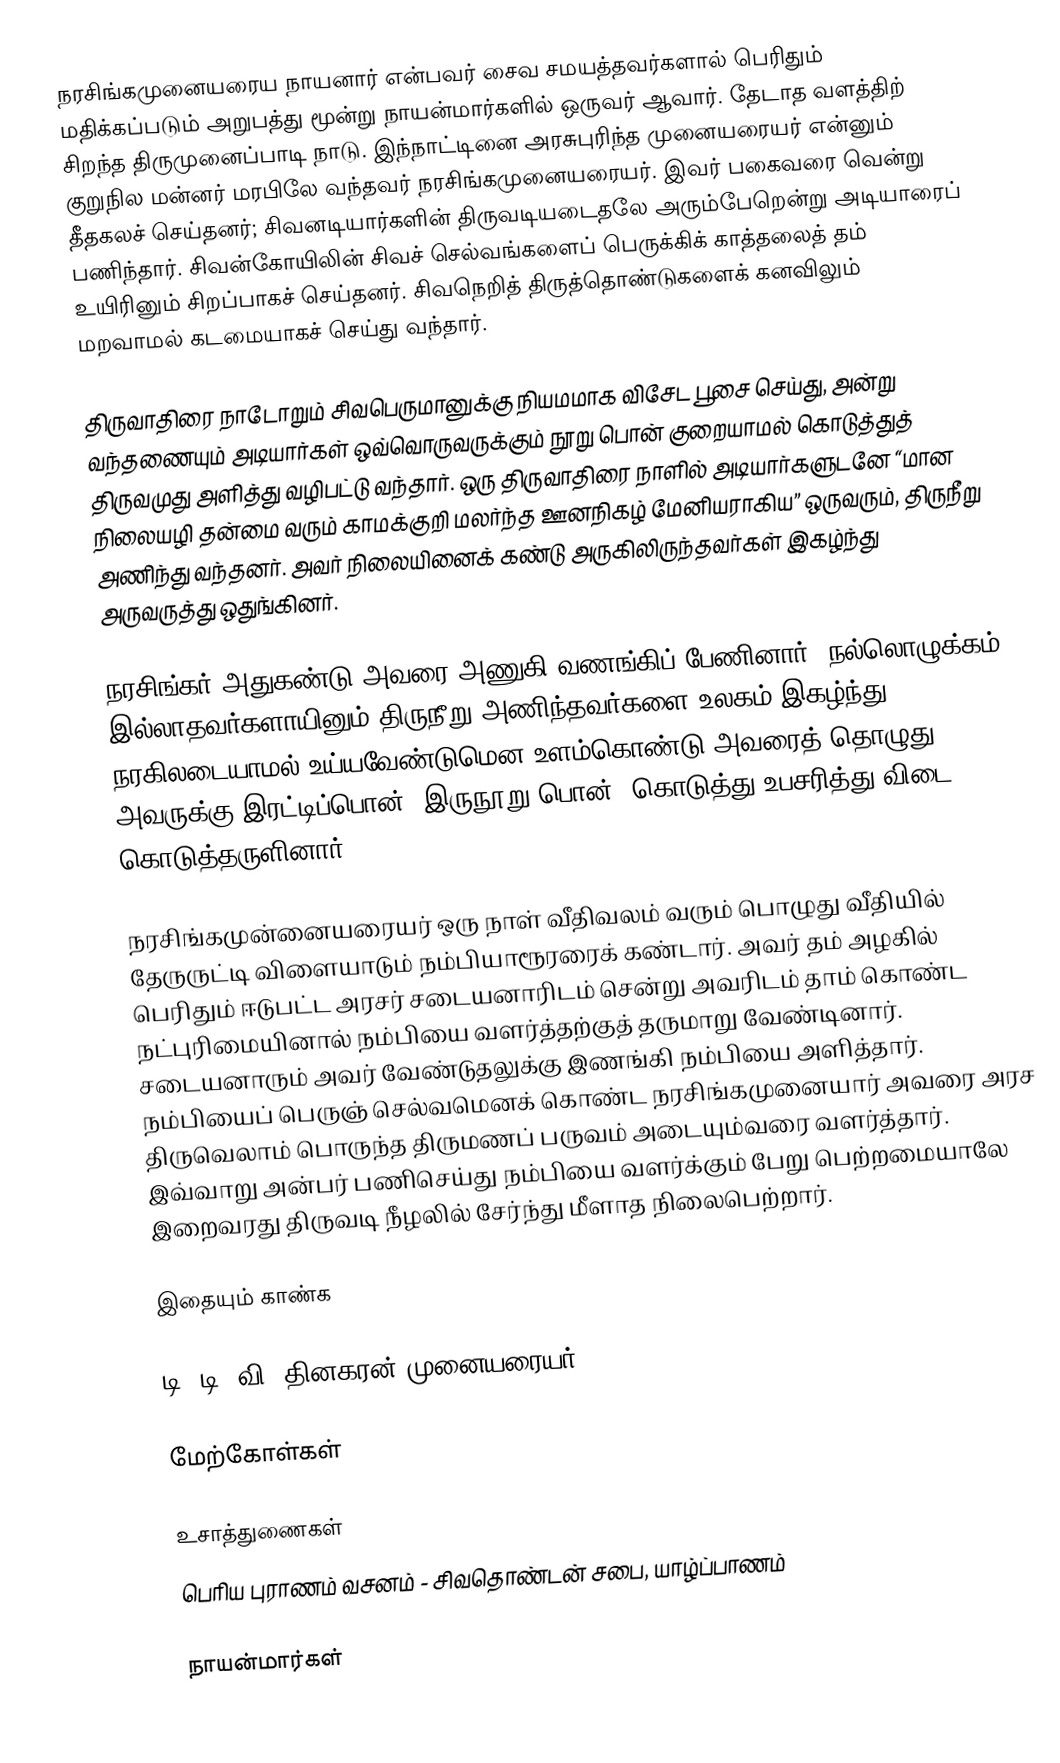
நரசிங்கமுனையரைய  நாயனார் என்பவர் சைவ சமயத்தவர்களால் பெரிதும் மதிக்கப்படும் அறுபத்து மூன்று நாயன்மார்களில் ஒருவர் ஆவார். தேடாத வளத்திற் சிறந்த திருமுனைப்பாடி நாடு. இந்நாட்டினை அரசுபுரிந்த முனையரையர் என்னும் குறுநில மன்னர் மரபிலே வந்தவர் நரசிங்கமுனையரையர். இவர் பகைவரை வென்று தீதகலச் செய்தனர்; சிவனடியார்களின் திருவடியடைதலே அரும்பேறென்று அடியாரைப் பணிந்தார். சிவன்கோயிலின் சிவச் செல்வங்களைப் பெருக்கிக் காத்தலைத் தம் உயிரினும் சிறப்பாகச் செய்தனர். சிவநெறித் திருத்தொண்டுகளைக் கனவிலும் மறவாமல் கடமையாகச் செய்து வந்தார்.

திருவாதிரை நாடோறும் சிவபெருமானுக்கு நியமமாக விசேட பூசை செய்து, அன்று வந்தணையும் அடியார்கள் ஒவ்வொருவருக்கும் நூறு பொன் குறையாமல் கொடுத்துத் திருவமுது அளித்து வழிபட்டு வந்தார். ஒரு திருவாதிரை நாளில் அடியார்களுடனே “மான நிலையழி தன்மை வரும் காமக்குறி மலர்ந்த ஊனநிகழ் மேனியராகிய” ஒருவரும், திருநீறு அணிந்து வந்தனர். அவர் நிலையினைக் கண்டு அருகிலிருந்தவர்கள் இகழ்ந்து அருவருத்து ஒதுங்கினர்.

நரசிங்கர் அதுகண்டு அவரை அணுகி வணங்கிப் பேணினார். நல்லொழுக்கம் இல்லாதவர்களாயினும் திருநீறு அணிந்தவர்களை உலகம் இகழ்ந்து நரகிலடையாமல் உய்யவேண்டுமென உளம்கொண்டு அவரைத் தொழுது அவருக்கு இரட்டிப்பொன் (இருநூறு பொன்) கொடுத்து உபசரித்து விடை கொடுத்தருளினார்.

நரசிங்கமுன்னையரையர் ஒரு நாள் வீதிவலம் வரும் பொழுது வீதியில் தேருருட்டி விளையாடும் நம்பியாரூரரைக் கண்டார். அவர் தம் அழகில் பெரிதும் ஈடுபட்ட அரசர் சடையனாரிடம் சென்று அவரிடம் தாம் கொண்ட நட்புரிமையினால் நம்பியை வளர்த்தற்குத் தருமாறு வேண்டினார்.  சடையனாரும் அவர் வேண்டுதலுக்கு இணங்கி நம்பியை அளித்தார். நம்பியைப் பெருஞ் செல்வமெனக் கொண்ட நரசிங்கமுனையார் அவரை அரச திருவெலாம் பொருந்த திருமணப் பருவம் அடையும்வரை வளர்த்தார். இவ்வாறு அன்பர் பணிசெய்து நம்பியை வளர்க்கும் பேறு பெற்றமையாலே இறைவரது திருவடி நீழலில் சேர்ந்து மீளாத நிலைபெற்றார்.

இதையும் காண்க

 டி. டி. வி. தினகரன் முனையரையர்

மேற்கோள்கள்

உசாத்துணைகள்
பெரிய புராணம் வசனம் - சிவதொண்டன் சபை, யாழ்ப்பாணம்

நாயன்மார்கள்